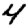
Digit: 4